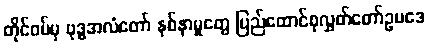
တိုင်ဝမ်မှ ဗုဒ္ဓအလံတော် နစ်နာမှုတွေ ပြည်ထောင်စုလွှတ်တော်ဥပဒေ